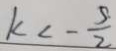
k < - \frac { 5 } { 2 }